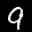
Label: 9